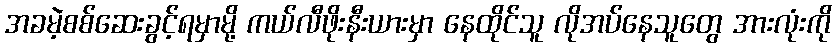
အခမဲ့စစ်ဆေးခွင့်ရမှာမို့ ကယ်လီဖိုးနီးယားမှာ နေထိုင်သူ လိုအပ်နေသူတွေ အားလုံးကို